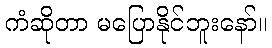
ကံဆိုတာ မပြောနိုင်ဘူးနော်။